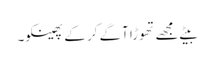
بیٹے مجھے تھوڑا آگے کر کے پھینکو۔